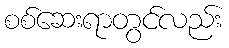
စစ်ဆေးရာတွင်လည်း